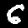
Digit: 6